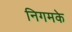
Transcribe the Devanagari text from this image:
निगमके